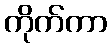
ကိုက်ကာ